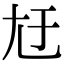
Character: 㝼